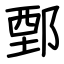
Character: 鄄